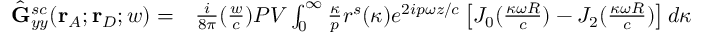
\begin{array} { r l } { \hat { \mathbf { G } } _ { y y } ^ { s c } ( \mathbf { r } _ { A } ; \mathbf { r } _ { D } ; w ) = } & { { } \frac { i } { 8 { \pi } } ( \frac { w } { c } ) P V \int _ { 0 } ^ { \infty } \frac { \kappa } { p } r ^ { s } ( \kappa ) e ^ { 2 i p { \omega } z / c } \left[ J _ { 0 } ( \frac { \kappa \omega { R } } { c } ) - J _ { 2 } ( \frac { \kappa \omega { R } } { c } ) \right] d { \kappa } } \end{array}